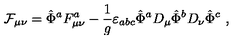
{ \cal F } _ { \mu \nu } = \hat { \Phi } ^ { a } F _ { \mu \nu } ^ { a } - \frac { 1 } { g } \varepsilon _ { a b c } \hat { \Phi } ^ { a } D _ { \mu } \hat { \Phi } ^ { b } D _ { \nu } \hat { \Phi } ^ { c } \ ,